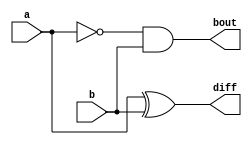
`timescale 1ns / 1ps
//////////////////////////////////////////////////////////////////////////////////
// Company: 
// Engineer: 
// 
// Design Name: 
// Module Name: half_sub
// Project Name: 
// Target Devices: 
// Tool Versions: 
// Description: 
// 
// Dependencies: 
// 
// Revision:
// Revision 0.01 - File Created
// Additional Comments:
// 
//////////////////////////////////////////////////////////////////////////////////


module half_sub(diff,bout,a,b);
output diff,bout;
input a,b;
wire abar;
xor (diff,a,b);
not (abar,a);
and (bout,abar,b);
endmodule